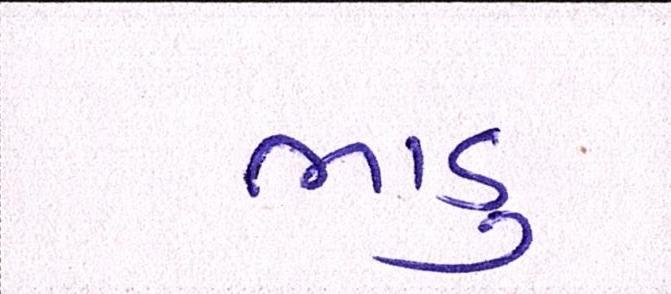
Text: ભાડુ